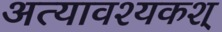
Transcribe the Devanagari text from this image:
अत्यावश्यकश्